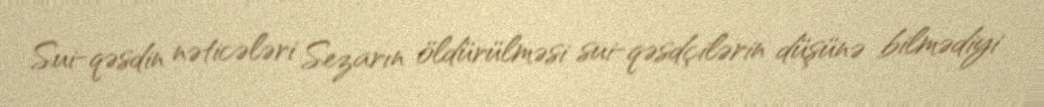
Sui-qəsdin nəticələri Sezarın öldürülməsi sui-qəsdçilərin düşünə bilmədiyi